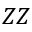
Z Z